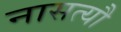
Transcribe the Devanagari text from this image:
नासत्यौ